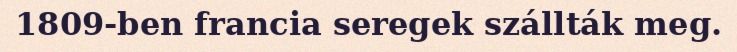
1809-ben francia seregek szállták meg.